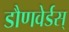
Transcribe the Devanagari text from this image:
डौणवेर्डस्